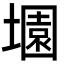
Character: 𡑰